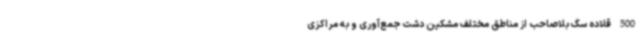
500 قلاده سگ بلاصاحب از مناطق مختلف مشکین دشت جمع‌آوری و به مراکزی